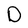
Character: D